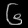
Digit: ၆